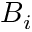
B _ { i }